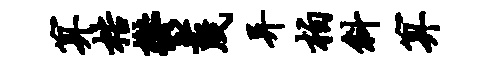
算梏郁蔑异柏斜算